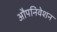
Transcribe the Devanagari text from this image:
औपनिवेशन